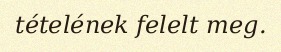
tételének felelt meg.